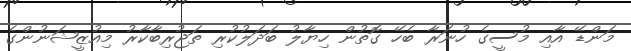
މަންޑޭ އާއި މުސީގެ ހުނަރާ ބެހޭ ގޮތުން ހިޔާލު ބަދަލުކުރި ތަޖުރިބާކާރު މިއުޒީޝަނުންގެ